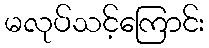
မလုပ်သင့်ကြောင်း